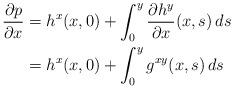
\begin{align*}\frac{\partial p}{\partial x}&= h^x(x,0) + \int_0^y \frac{\partial h^y}{\partial x}(x,s) \, ds\\&= h^x(x,0) + \int_0^y g^{xy}(x,s) \, ds\end{align*}